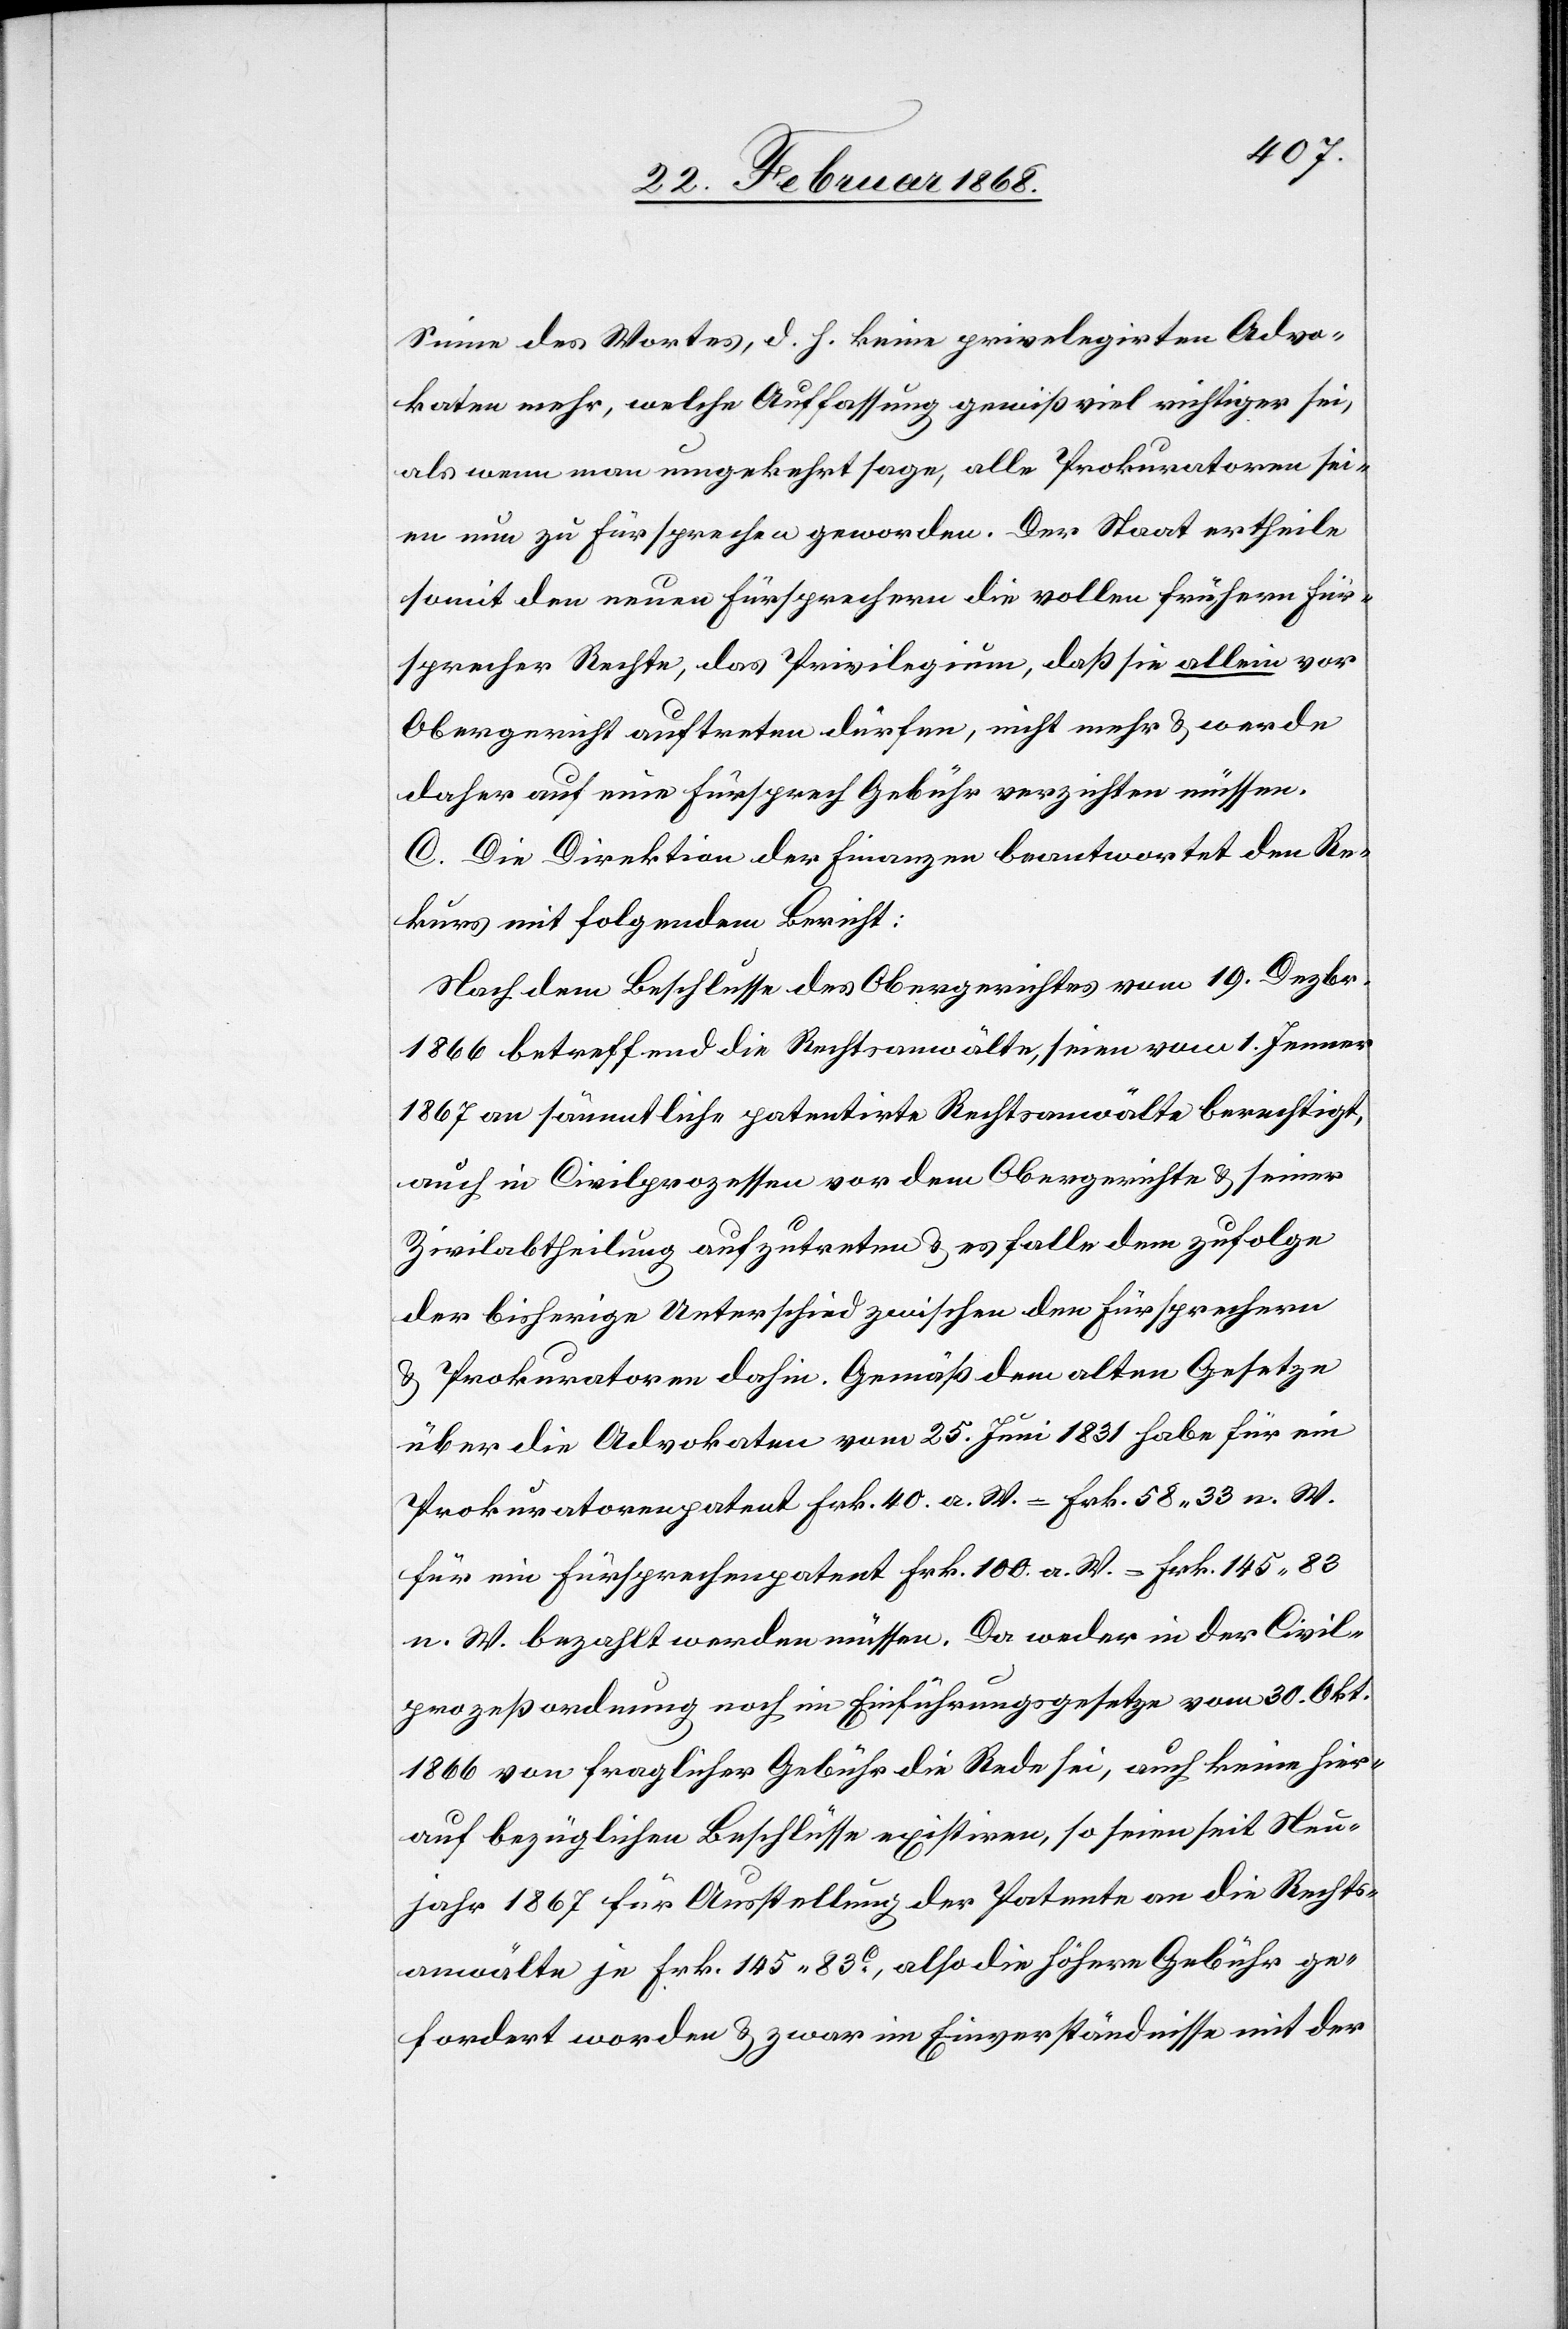
Sinne des Wortes, d. h. keine privelegirten [si¬
katen mehr, welche Auffassung gewiß viel richtiger sei,
als wenn man umgekehrt sage, alle Prokuratoren sei¬
en nun zu Fürsprechen geworden. Der Staat ertheile
somit den neuen Fürsprechern die vollen frühern Für¬
sprecher Rechte, das Privilegium, daß sie allein vor
Obergericht auftreten dürfen, nicht mehr & werde
daher auf eine Fürsprech Gebühr verzichten müssen.
C. Die Direktion der Finanzen beantwortet den Re¬
kurs mit folgendem Bericht:
Nach dem Beschlusse des Obergerichtes vom 19. Dezbr.
1866 betreffend die Rechtsanwälte, seien vom 1. Jenner
1867 an sämmtliche patentirte Rechtsanwälte berechtigt,
auch in Civilprozessen vor dem Obergerichte & seiner
Advo¬
Zivilabtheilung aufzutreten & es falle dem zufolge
der bisherige Unterschied zwischen den Fürsprechern
& Prokuratoren dahin. Gemäß dem alten Gesetze
über die Advokaten vom 25. Juni 1831 habe für ein
Prokuratorenpatent Frk. 40. a. W. = Frk. 58. 33 n. W.
für ein Fürsprechenpatent Frk. 100. a. W. = Frk. 145. 83
n. W. bezahlt werden müssen. Da weder in der Civil¬
prozeßordnung noch im Einführungsgesetze vom 30. Okt.
1866 von fraglicher Gebühr die Rede sei, auch keine hier¬
auf bezüglichen Beschlüsse existiren, so seien seit Neu¬
jahr 1867 für Ausstellung der Patente an die Rechts¬
anwälte je Frk. 145. 83C., also die höhere Gebühr ge¬
fordert worden & zwar im Einverständnisse mit der